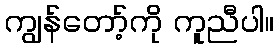
ကျွန်တော့်ကို ကူညီပါ။